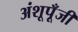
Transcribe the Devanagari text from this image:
अंशूपूँजी